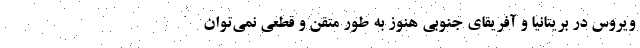
ویروس در بریتانیا و آفریقای جنوبی هنوز به طور متقن و قطعی نمی‌توان